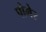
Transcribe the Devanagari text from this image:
पोमेर